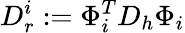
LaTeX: D_{r}^{i}:=\Phi_{i}^{T}D_{h}\Phi_{i}